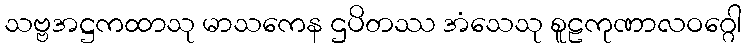
သဗ္ဗအဋ္ဌကထာသု မာသကေန ဌပိတဿ အံသေသု စူဠကုဏာလဝဂ္ဂေါ